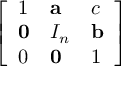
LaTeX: \left[ \begin{array} { l l l } { 1 } & { \mathbf { a } } & { c } \\ { \mathbf { 0 } } & { I _ { n } } & { \mathbf { b } } \\ { 0 } & { \mathbf { 0 } } & { 1 } \end{array} \right]